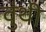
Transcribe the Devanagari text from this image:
वुंथी